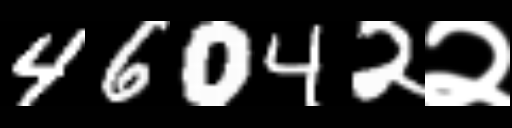
Text: 46042२